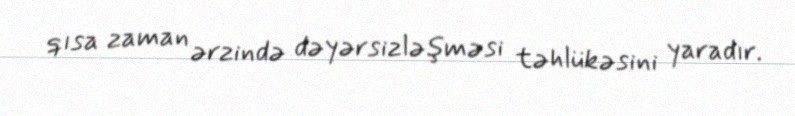
qısa zaman ərzində dəyərsizləşməsi təhlükəsini yaradır.